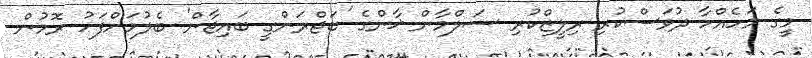
މީގެ މަހެއްހާ ދުވަސްކުރި ރިލީޒްކުރި ސަލްމާން ޚާންގެ 'ބަޖްރަންގީ ބައިޖާން' ބެލުމަށްފަހު ރޮމުން